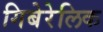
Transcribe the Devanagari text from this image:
गिबेरेलिक